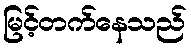
မြင့်တက်နေသည်